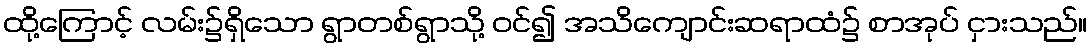
ထို့ကြောင့် လမ်း၌ရှိသော ရွာတစ်ရွာသို့ ဝင်၍ အသိကျောင်းဆရာထံ၌ စာအုပ် ငှားသည်။